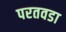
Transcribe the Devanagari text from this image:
परतवडा